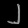
Digit: ၂